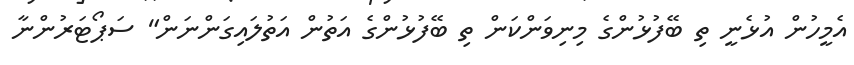
އެމީހުން އުޅެނީ ތި ބޭފުޅުންގެ މިނިވަންކަން ތި ބޭފުޅުންގެ އަތުން އަތުލައިގަންނަން" ސަޕޯޓަރުންނާ